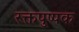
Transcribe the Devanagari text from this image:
रक्तपुष्पक